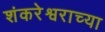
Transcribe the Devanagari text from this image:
शंकरेश्वराच्या